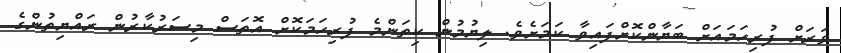
ވަރަށް ފުރިހަމައަށް ބަޔާންކޮށްފައިވާ ކަމަށެވެ. ލިޔުމުން ކިތަންމެ ފުރިހަމަކޮށް އޮތަސް މިސަރުކާރުން ރައްޔިތުންގެ